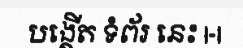
បង្តើត ទំព័រ នេះ |-|